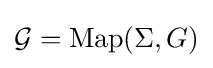
{\mathcal {G}}={\text{Map}}(\Sigma ,G)